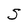
Character: S